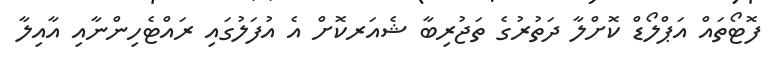
ފޮޓޯތައް އަޕްލޯޑް ކޮށްލާ ދަތުރުގެ ތަޖުރިބާ ޝެއަރކޮށް އެ އުފަލުގައި ރައްޓެހިންނާއި އާއިލާ